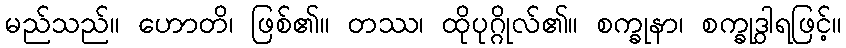
မည်သည်။ ဟောတိ၊ ဖြစ်၏။ တဿ၊ ထိုပုဂ္ဂိုလ်၏။ စက္ခုနာ၊ စက္ခုဒွါရဖြင့်။